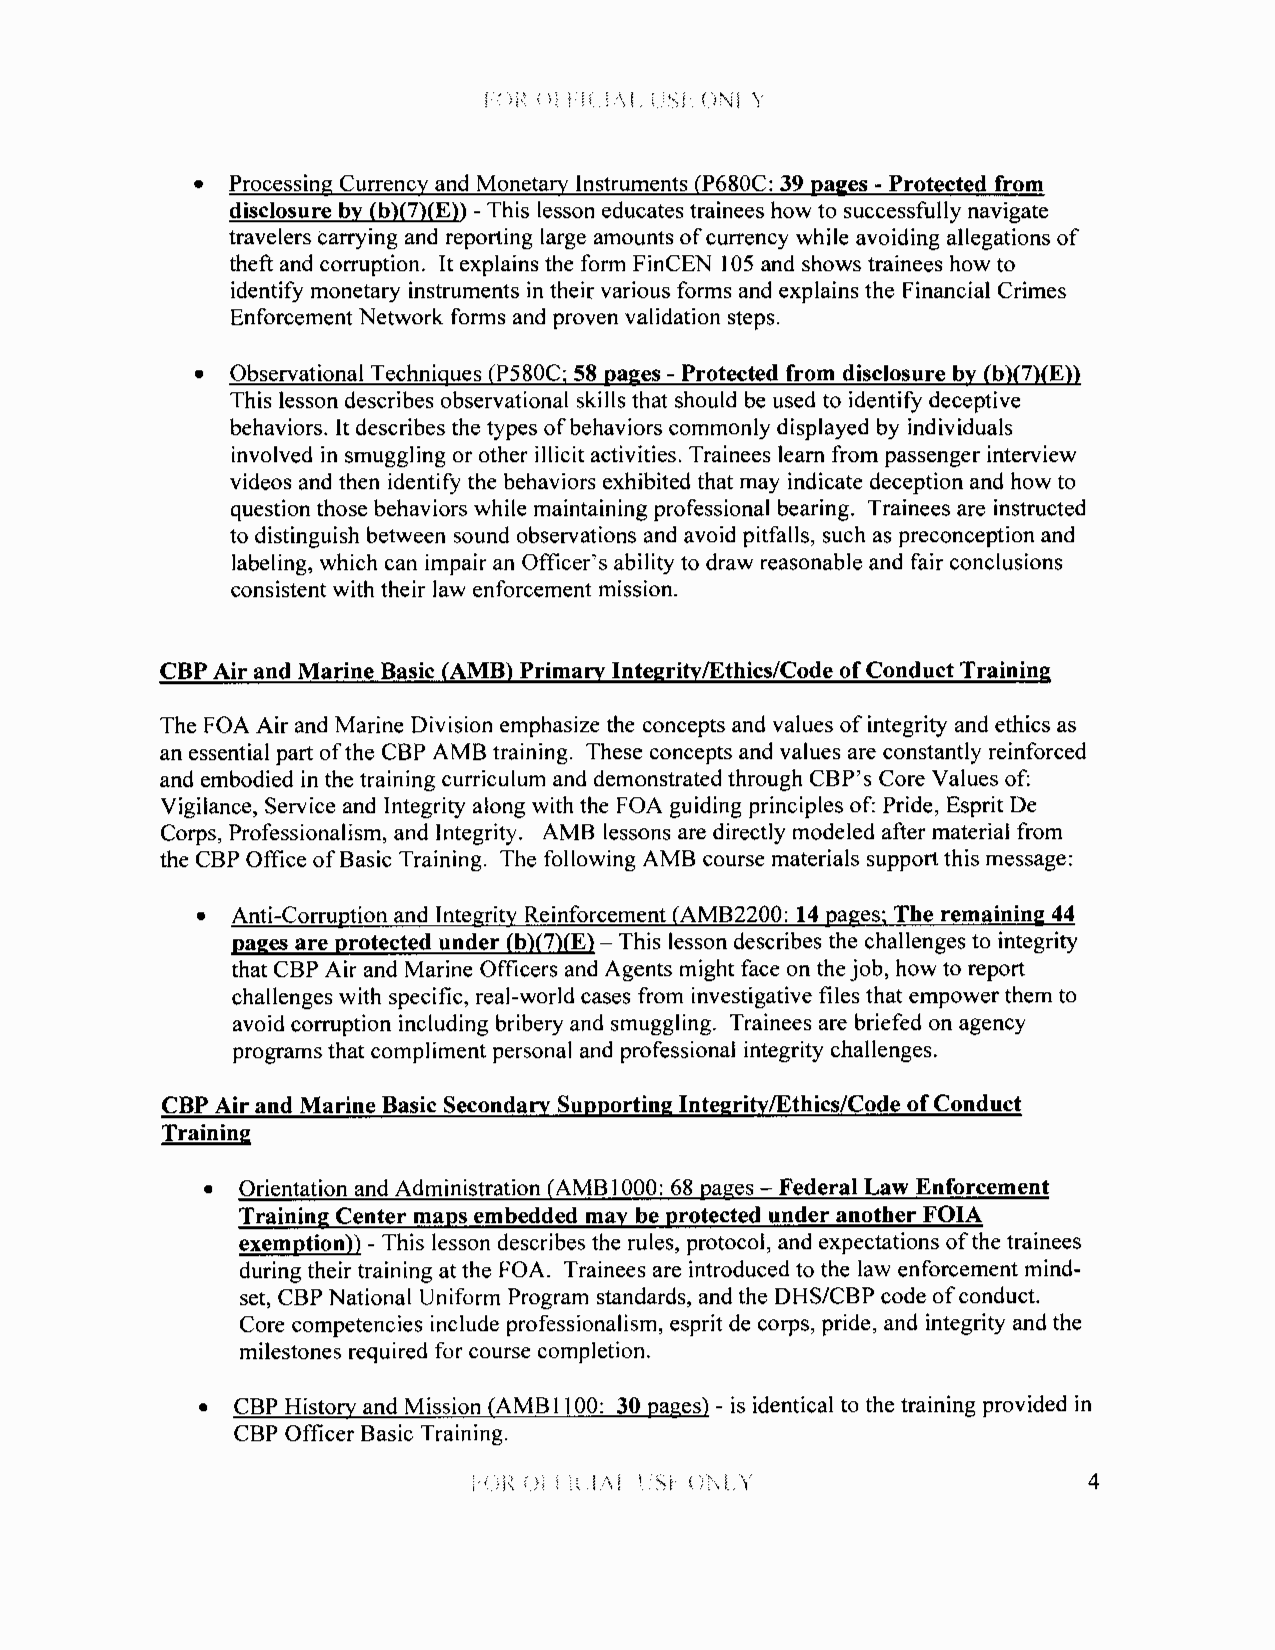
( 1\1 y
 • Processing Currency and Monetary Instruments (P680C: 39 pages - Protected from
 disclosure by (b)(7)(E)) -This lesson educates trainees how to successfully navigate
 travelers carrying and reporting large amounts of currency while avoiding allegations of
 theft and corruption. It explains the form FinCEN I 05 and shows trainees how to
 identify monetary instruments in their various forms and explains the Financial Crimes
 Enforcement Network forms and proven validation steps.
 • Observational Techniques (P580C; 58 pages - Protected from disclosure by (b)(7)(E))
 This lesson describes observational skills that should be used to identify deceptive
 behaviors. It describes the types of behaviors commonly displayed by individuals
 involved in smuggling or other illicit activities. Trainees learn from passenger interview
 videos and then identify the behaviors exhibited that may indicate deception and how to
 question those behaviors while maintaining professional bearing. Trainees are instructed
 to distinguish between sound observations and avoid pitfalls, such as preconception and
 labeling, which can impair an Officer's ability to draw reasonable and fair conclusions
 consistent with their law enforcement mission.
 CBP Air and Marine Basic (AMB) Primary Integrity/Ethics/Code of Conduct Training
 The FOA Air and Marine Division emphasize the concepts and values of integrity and ethics as
 an essential part of the CBP AMB training. These concepts and values are constantly reinforced
 and embodied in the training curriculum and demonstrated through CBP's Core Values of:
 Vigilance, Service and Integrity along with the FOA guiding principles of: Pride, Esprit De
 Corps, Professionalism, and Integrity. AMB lessons are directly modeled after material from
 the CBP Office of Basic Training. The following AMB course materials support this message:
 • Anti-Corruption and Integrity Reinforcement (AMB2200: 14 pages; The remaining 44
 pages are protected under (b)(7)(E) - This lesson describes the challenges to integrity
 that CBP Air and Marine Officers and Agents might face on the job, how to report
 challenges with specific, real-world cases from investigative files that empower them to
 avoid corruption including bribery and smuggling. Trainees are briefed on agency
 programs that compliment personal and professional integrity challenges.
 CBP Air and Marine Basic Secondary Supporting Integrity/Ethics/Code of Conduct
 Training
 •  Orientation and Administration (AMB 1000: 68 pages - Federal Law Enforcement
 Training Center maps embedded may be protected under another FOIA
 exemption)) - This lesson describes the rules, protocol, and expectations of the trainees
 during their training at the FOA. Trainees are introduced to the law enforcement mind
 set, CBP National Uniform Program standards, and the DHS/CBP code of conduct.
 Core competencies include professionalism, esprit de corps, pride, and integrity and the
 milestones required for course completion.
 • CBP History and Mission (AMB 1100: 30 pages) - is identical to the training provided in
 CBP Officer Basic Training.
 j ( \ i i \. I.\ . s ! () t\ y           4